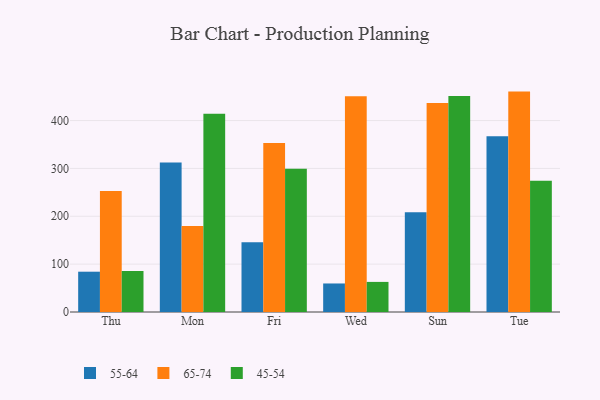
{"axis": {"x": "Day", "y": "Headcount"}, "legend": ["45-54", "55-64", "65-74"], "data": [{"x": "Thu", "y": 84.2, "type": "55-64"}, {"x": "Thu", "y": 252.9, "type": "65-74"}, {"x": "Thu", "y": 85.7, "type": "45-54"}, {"x": "Mon", "y": 312.2, "type": "55-64"}, {"x": "Mon", "y": 179.5, "type": "65-74"}, {"x": "Mon", "y": 414.1, "type": "45-54"}, {"x": "Fri", "y": 145.5, "type": "55-64"}, {"x": "Fri", "y": 353.1, "type": "65-74"}, {"x": "Fri", "y": 299.3, "type": "45-54"}, {"x": "Wed", "y": 59.6, "type": "55-64"}, {"x": "Wed", "y": 450.7, "type": "65-74"}, {"x": "Wed", "y": 62.9, "type": "45-54"}, {"x": "Sun", "y": 208.2, "type": "55-64"}, {"x": "Sun", "y": 436.8, "type": "65-74"}, {"x": "Sun", "y": 451.1, "type": "45-54"}, {"x": "Tue", "y": 367.2, "type": "55-64"}, {"x": "Tue", "y": 460.5, "type": "65-74"}, {"x": "Tue", "y": 274.3, "type": "45-54"}]}